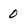
Character: 0